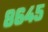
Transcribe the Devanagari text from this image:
८६४५